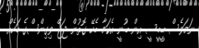
ނަމަވެސް ބީބީސީ އިން ބުނީ އެކަމާ ބެހޭ ގޮތުން ޖަޖް ވިގިންސްގެ ބަހެއް